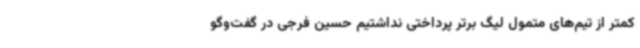
کمتر از تیم‌های متمول لیگ برتر پرداختی نداشتیم حسین فرجی در گفت‌وگو